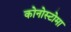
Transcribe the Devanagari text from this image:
कोनोस्टोमा